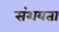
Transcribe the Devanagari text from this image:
संशयता